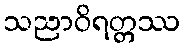
သညာဝိရတ္တဿ